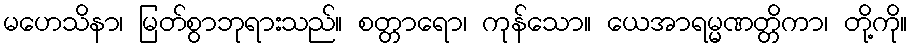
မဟေသိနာ၊ မြတ်စွာဘုရားသည်။ စတ္တာရော၊ ကုန်သော။ ယေအာရမ္မဏတ္တိကာ၊ တို့ကို။